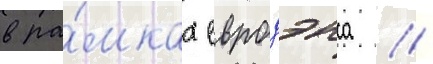
в ра́мках евродэнса //